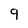
Character: 9